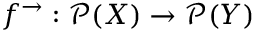
f ^ { \rightarrow } : { \mathcal { P } } ( X ) \rightarrow { \mathcal { P } } ( Y )